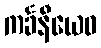
ကင်္ခနီယေဝ